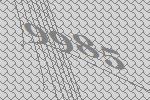
9985